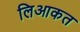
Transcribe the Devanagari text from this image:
लिआकत